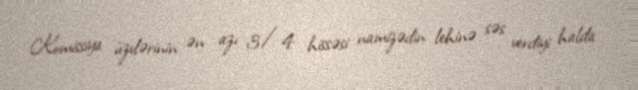
Komissiya üzvlərinin ən azı 3/4 hissəsi namizədin lehinə səs verdiyi halda